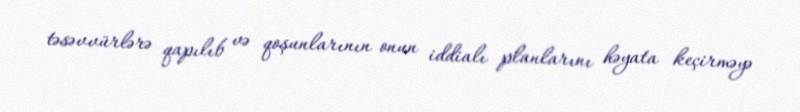
təsəvvürlərə qapılıb və qoşunlarının onun iddialı planlarını həyata keçirməyə